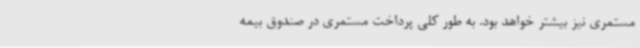
مستمری نیز بیشتر خواهد بود. به طور کلی پرداخت مستمری در صندوق بیمه